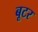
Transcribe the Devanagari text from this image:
बूटर